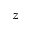
z